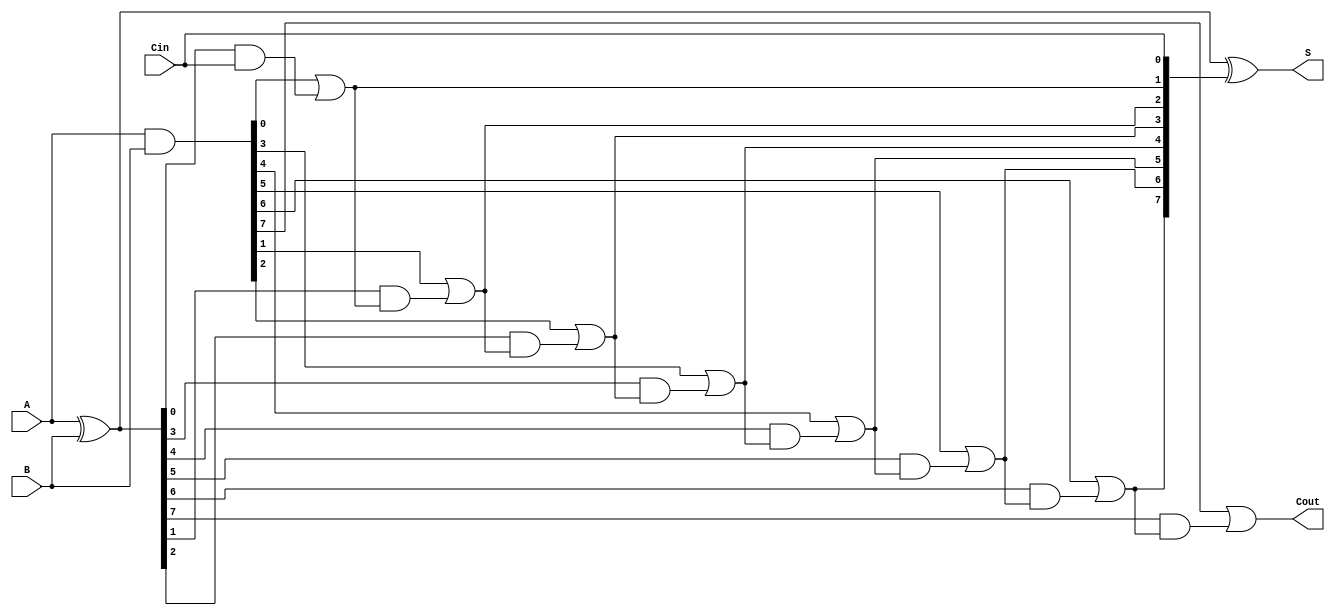
module brent_kung_adder #(parameter N = 8) (
    input  [N-1:0] A,
    input  [N-1:0] B,
    input          Cin,
    output [N-1:0] S,
    output         Cout
);

    // Intermediate signals for propagate and generate
    wire [N-1:0] P; // Propagate
    wire [N-1:0] G; // Generate
    wire [N:0] C;   // Carry signals

    // Compute propagate and generate signals
    assign P = A ^ B; // P[i] = A[i] ^ B[i]
    assign G = A & B; // G[i] = A[i] & B[i]

    // Initial carry
    assign C[0] = Cin;

    // Carry generation using Brent-Kung logic
    genvar i, j;
    generate
        // Stage 1
        assign C[1] = G[0] | (P[0] & C[0]);

        // Subsequent stages
        for (i = 1; i < N; i = i + 1) begin : carry_generation
            assign C[i + 1] = G[i] | (P[i] & C[i]);
        end
    endgenerate

    // Final carry-out
    assign Cout = C[N];

    // Sum calculation
    assign S = P ^ C[N-1:0]; // S[i] = P[i] ^ C[i]

endmodule